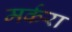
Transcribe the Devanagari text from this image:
मर्करा